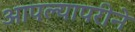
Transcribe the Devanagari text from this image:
आपल्यापरीने